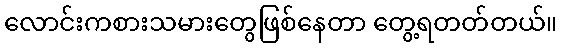
လောင်းကစားသမားတွေဖြစ်နေတာ တွေ့ရတတ်တယ်။